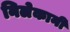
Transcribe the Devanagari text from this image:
निलेकानी